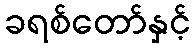
ခရစ်တော်နှင့်